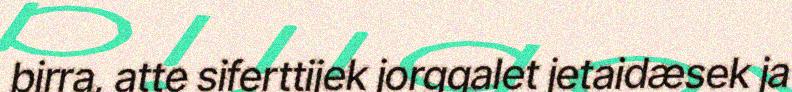
birra, atte siferttijek jorggalet jetaidæsek ja